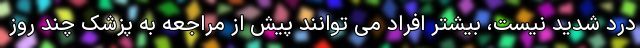
درد شدید نیست، بیشتر افراد می توانند پیش از مراجعه به پزشک چند روز